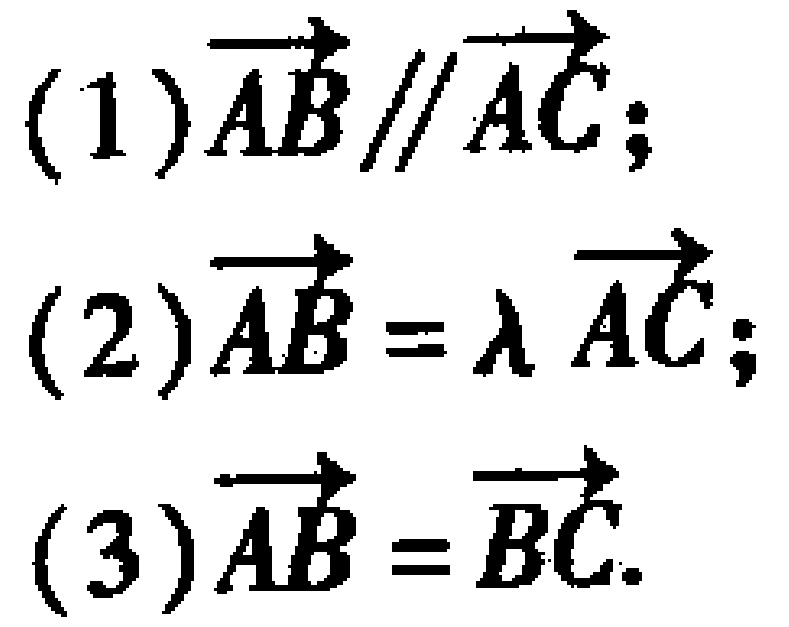
(1)$\overrightarrow{AB} \parallel \overrightarrow{AC}$;
(2)$\overrightarrow{AB} = \lambda \overrightarrow{AC}$;
(3)$\overrightarrow{AB} = \overrightarrow{BC}$.